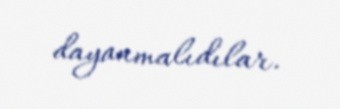
dayanmalıdılar.